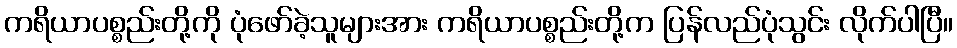
ကရိယာပစ္စည်းတို့ကို ပုံဖော်ခဲ့သူများအား ကရိယာပစ္စည်းတို့က ပြန်လည်ပုံသွင်း လိုက်ပါပြီ။